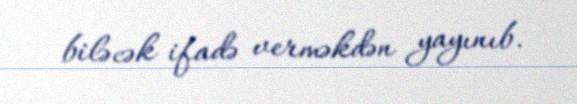
biləcək ifadə verməkdən yayınıb.